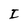
Character: I